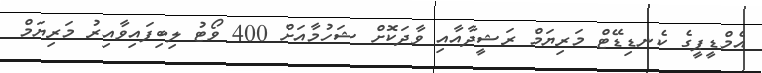
އެމްޑީޕީގެ ކެނޑިޑޭޓް މަރިޔަމް ރަޝީދާއާއި ވާދަކޮށް ޝަހުމާއަށް 400 ވޯޓު ލިބިފައިވާއިރު މަރިޔަމް